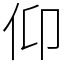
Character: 仰